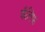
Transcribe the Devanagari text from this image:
कॅलिफ